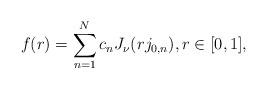
LaTeX: \begin{align*} f(r) = \sum_{n=1}^N c_n J_\nu(rj_{0,n}), r\in[0,1],\end{align*}